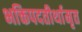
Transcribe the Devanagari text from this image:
भक्तिपदतीर्थामृत